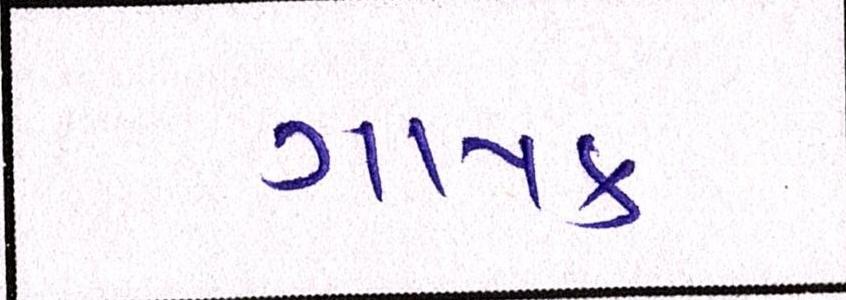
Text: ગાયક